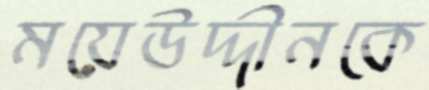
ময়েউদ্দীনকে